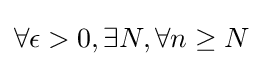
{\textstyle \forall \epsilon >0,\exists N,\forall n\geq N}